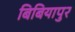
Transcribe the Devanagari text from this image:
बिबियापुर